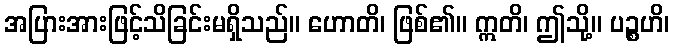
အပြားအားဖြင့်သိခြင်းမရှိသည်။ ဟောတိ၊ ဖြစ်၏။ ဣတိ၊ ဤသို့။ ပဉ္စဟိ၊